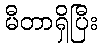
မီတာရှိပြီး